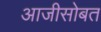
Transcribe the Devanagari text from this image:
आजीसोबत